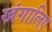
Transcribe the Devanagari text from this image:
खंगालिए